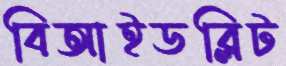
বিআইডব্লিট